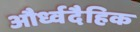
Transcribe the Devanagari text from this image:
और्ध्वदैहिक